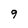
Character: 9